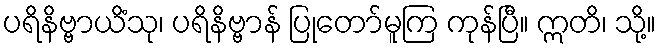
ပရိနိဗ္ဗာယိံသု၊ ပရိနိဗ္ဗာန် ပြုတော်မူကြ ကုန်ပြီ။ ဣတိ၊ သို့။